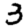
Digit: 3